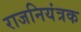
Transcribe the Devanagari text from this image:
राजनियंत्रक